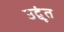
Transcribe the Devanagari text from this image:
उद्वृंत